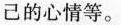
己的心情等。